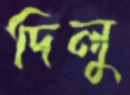
দিলু